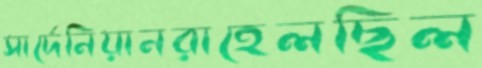
সার্দেনিয়ানরাহেলছিল